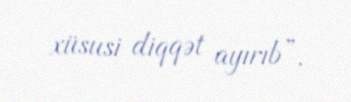
xüsusi diqqət ayırıb”.